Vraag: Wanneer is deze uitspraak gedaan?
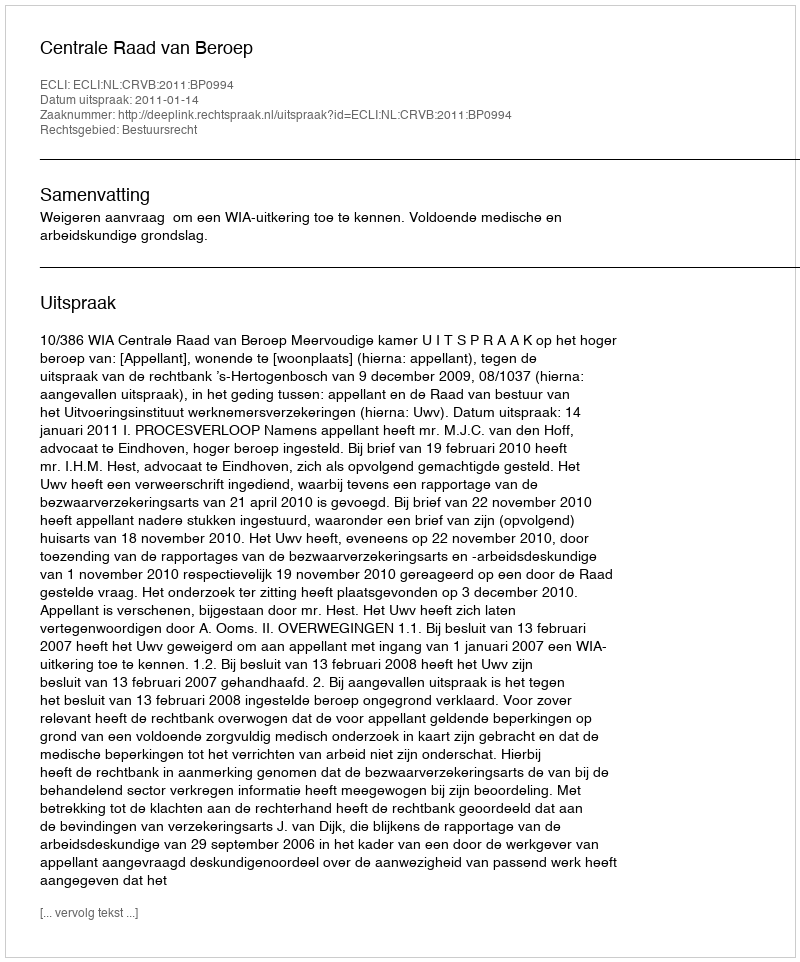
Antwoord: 2011-01-14